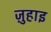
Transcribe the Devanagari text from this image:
ज़ुहाइ